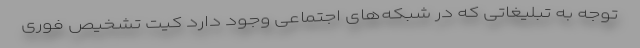
توجه به تبلیغاتی که در شبکه‌های اجتماعی وجود دارد کیت تشخیص فوری